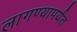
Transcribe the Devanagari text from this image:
लागण्यापर्यंत